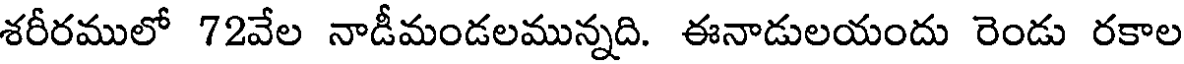
శరీరములో 72వేల నాడీమండలమున్నది. ఈనాడులయందు రెండు రకాల